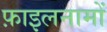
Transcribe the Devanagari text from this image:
फ़ाइलनामों